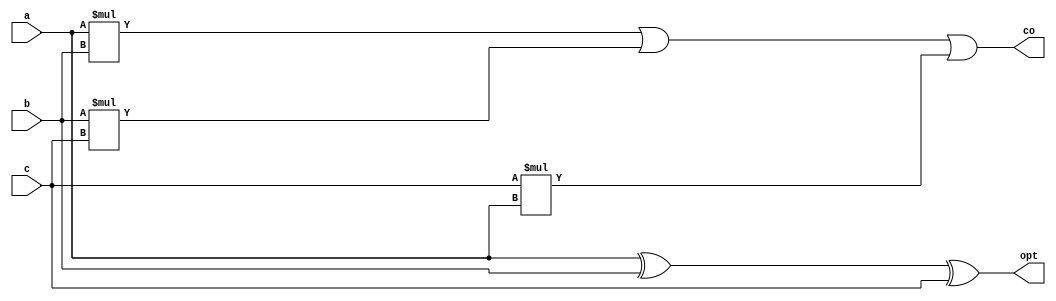
module adder(a,b,c,co,opt);
input a;
input b;
input c;
output wire co, opt;
assign opt=a^b^c;
assign co=((a*b)|(b*c)|(c*a));
endmodule